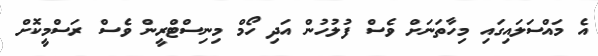
އެ މައްސަލައިގައި މިހާތަނަށް ވެސް ފުލުހުން އަދި ހޯމް މިނިސްޓްރީން ވެސް ރަސްމީކޮށް